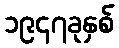
၁၉၄၇ခုနှစ်